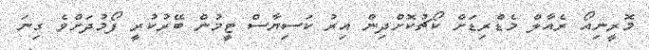
މޮރީނިއޯ ރެއާލް މެޑްރިޑަށް ކޯޗުކޮށްދިން އިރު ކަސިޔާސް ޓީމުން ބޭރުކުރީ ފޯމުދަށްވެ ގިނަ